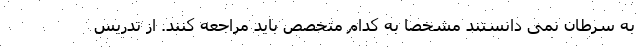
به سرطان نمی دانستند مشخصا به کدام متخصص باید مراجعه کنند. از تدریس